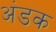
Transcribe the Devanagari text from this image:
अंडक